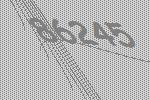
86245